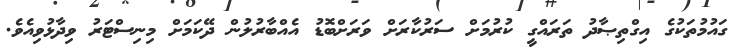
ގައުމުތަކުގެ އިގްތިޞާދު ތަރައްގީ ކުރުމަށް ސަރުކާރަށް ވަރަށްބޮޑު އެއްބާރުލުން ދޭކަމަށް މިނިސްޓަރު ވިދާޅުވިއެވެ.